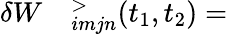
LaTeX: \begin{array}{rl}{\delta W}&{{}^>_{imjn}(t_{1},t_{2})=}\end{array}